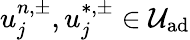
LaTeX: u_{j}^{n,\pm},u_{j}^{\ast,\pm}\in\mathcal{U}_{\textrm{ad}}